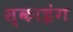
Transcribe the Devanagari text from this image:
स्‍काइंग